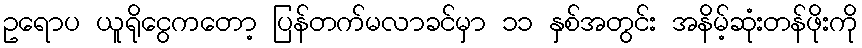
ဥရောပ ယူရိုငွေကတော့ ပြန်တက်မလာခင်မှာ ၁၁ နှစ်အတွင်း အနိမ့်ဆုံးတန်ဖိုးကို